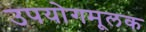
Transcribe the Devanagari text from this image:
उपयोगमूलक